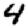
Digit: 4